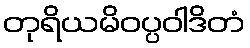
တုရိယမိဝပ္ပဝါဒိတံ